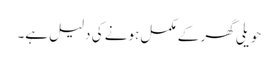
حویلی گھر کے مکمل ہونے کی دلیل ہے۔